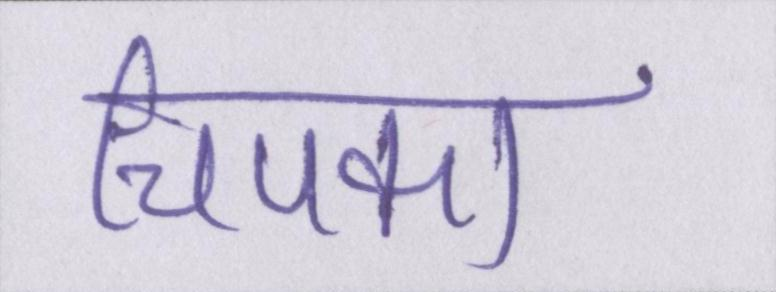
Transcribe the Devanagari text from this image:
चिपका